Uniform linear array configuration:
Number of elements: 8
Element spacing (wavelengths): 0.25
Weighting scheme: blackman
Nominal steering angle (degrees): -30
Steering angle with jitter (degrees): -28.549
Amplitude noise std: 0.05
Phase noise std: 0.05

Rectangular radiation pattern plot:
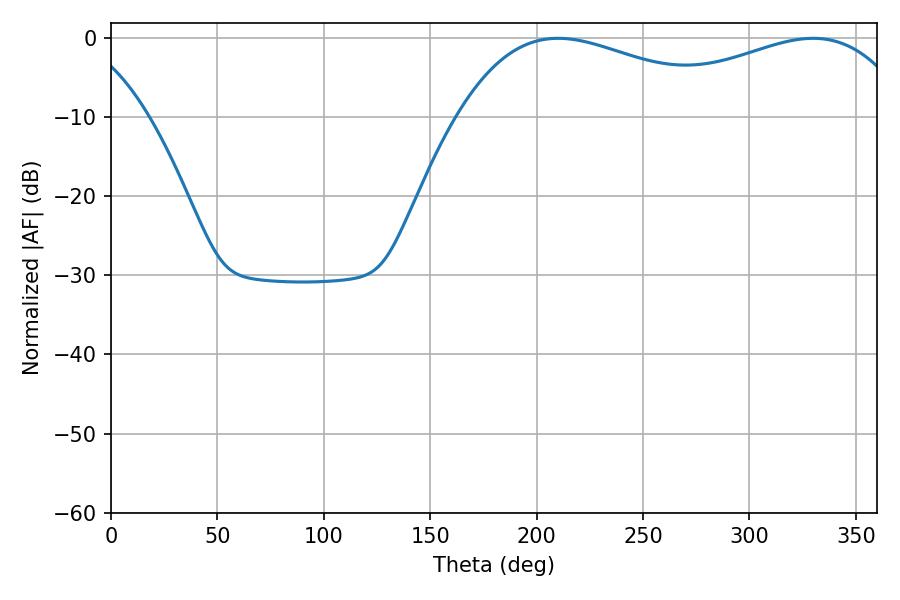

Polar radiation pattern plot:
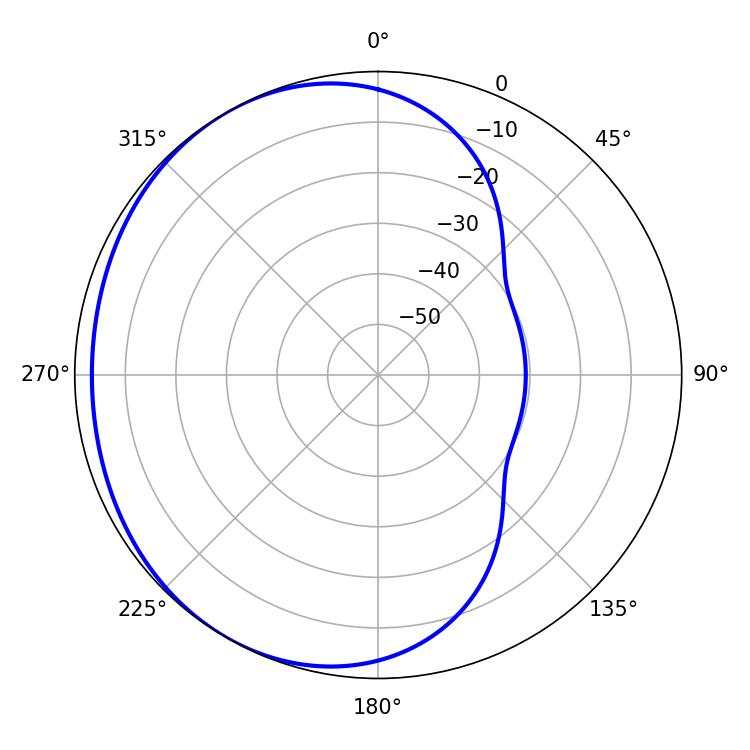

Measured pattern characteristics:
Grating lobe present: FALSE
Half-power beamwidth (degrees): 73.98
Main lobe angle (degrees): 210.06